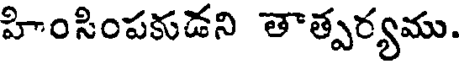
హింసింపకుడని తాత్పర్యము.